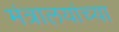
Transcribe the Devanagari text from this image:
मंत्रालयांच्या